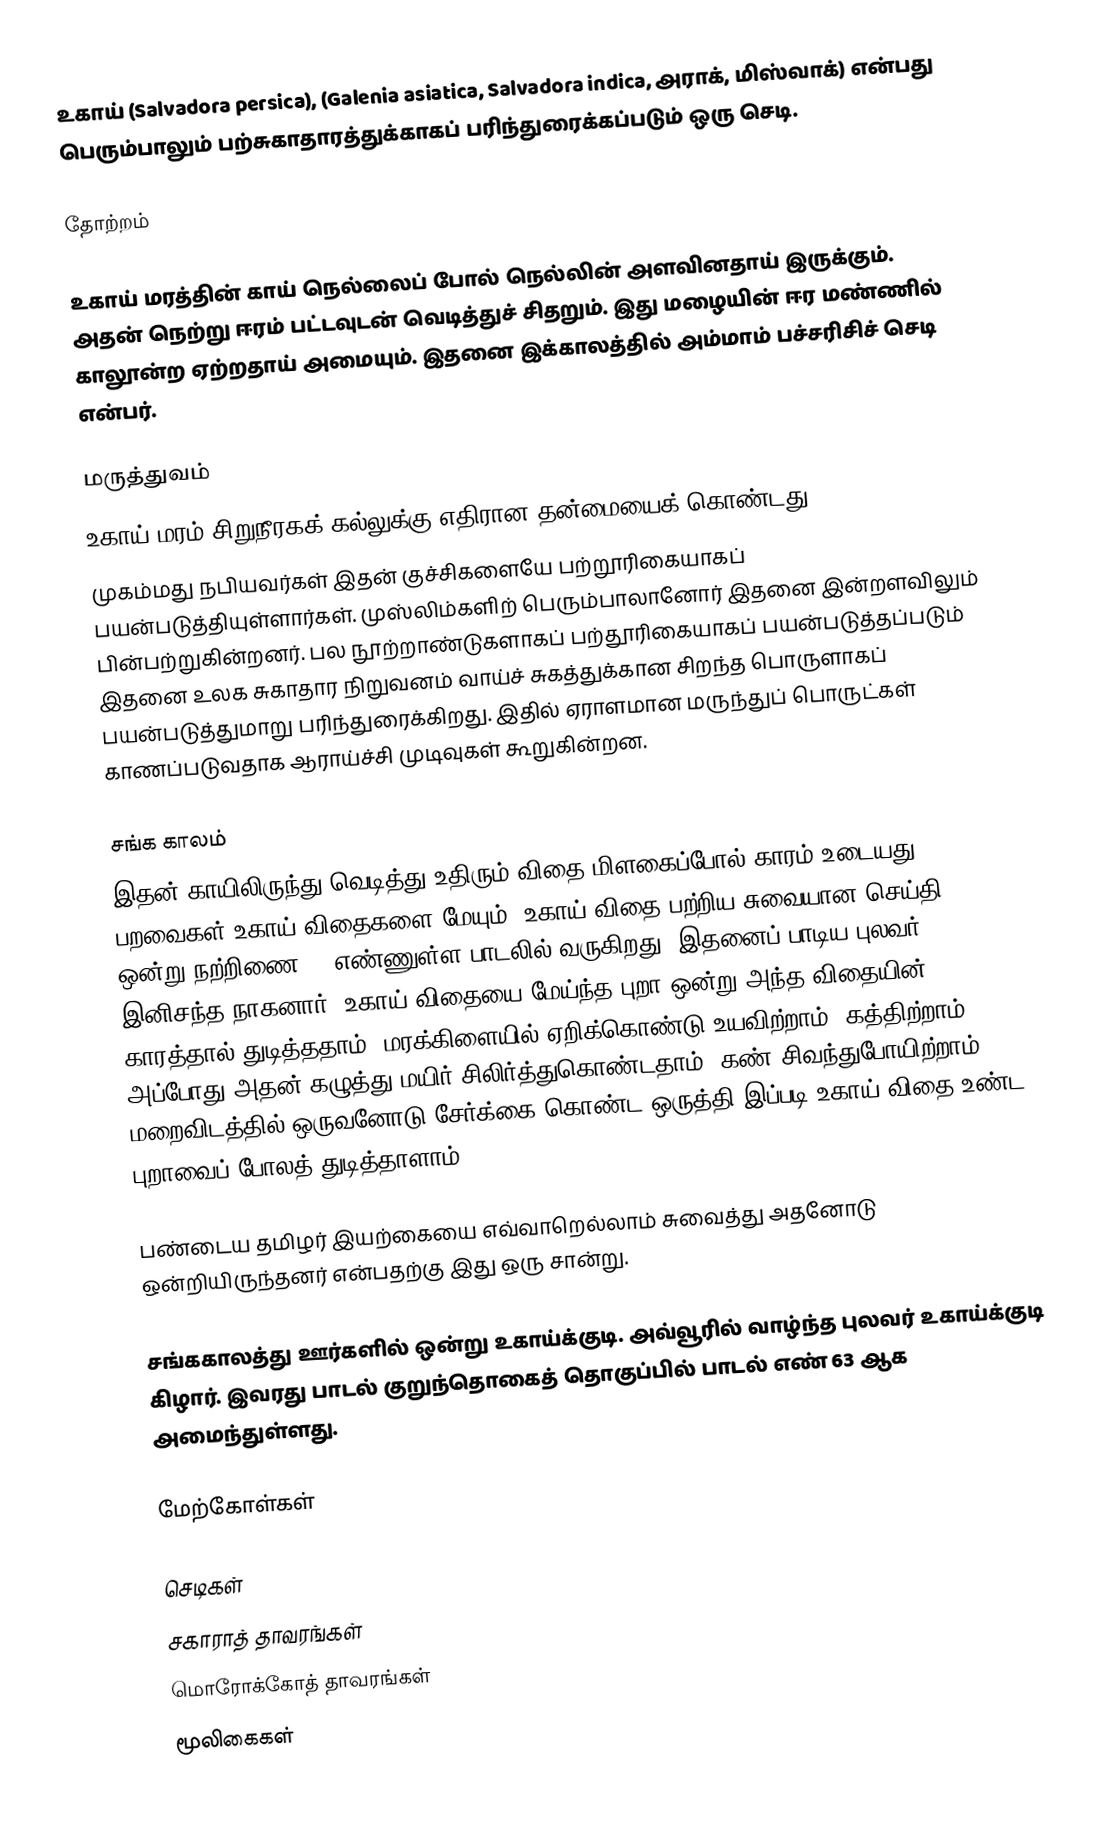
உகாய் (Salvadora persica), (Galenia asiatica, Salvadora indica, அராக், மிஸ்வாக்) என்பது பெரும்பாலும் பற்சுகாதாரத்துக்காகப் பரிந்துரைக்கப்படும் ஒரு செடி.

தோற்றம்

உகாய் மரத்தின் காய் நெல்லைப் போல் நெல்லின் அளவினதாய் இருக்கும். அதன் நெற்று ஈரம் பட்டவுடன் வெடித்துச் சிதறும். இது மழையின் ஈர மண்ணில் காலூன்ற ஏற்றதாய் அமையும். இதனை இக்காலத்தில் அம்மாம் பச்சரிசிச் செடி என்பர்.

மருத்துவம்
உகாய் மரம் சிறுநீரகக் கல்லுக்கு எதிரான தன்மையைக் கொண்டது.
முகம்மது நபியவர்கள் இதன் குச்சிகளையே பற்றூரிகையாகப் பயன்படுத்தியுள்ளார்கள். முஸ்லிம்களிற் பெரும்பாலானோர் இதனை இன்றளவிலும் பின்பற்றுகின்றனர். பல நூற்றாண்டுகளாகப் பற்தூரிகையாகப் பயன்படுத்தப்படும் இதனை உலக சுகாதார நிறுவனம் வாய்ச் சுகத்துக்கான சிறந்த பொருளாகப் பயன்படுத்துமாறு பரிந்துரைக்கிறது. இதில் ஏராளமான மருந்துப் பொருட்கள் காணப்படுவதாக ஆராய்ச்சி முடிவுகள் கூறுகின்றன.

சங்க காலம்
இதன் காயிலிருந்து வெடித்து உதிரும் விதை மிளகைப்போல் காரம் உடையது. பறவைகள் உகாய் விதைகளை மேயும். உகாய் விதை பற்றிய சுவையான செய்தி ஒன்று நற்றிணை 66 எண்ணுள்ள பாடலில் வருகிறது. இதனைப் பாடிய புலவர் இனிசந்த நாகனார். உகாய் விதையை மேய்ந்த புறா ஒன்று அந்த விதையின் காரத்தால் துடித்ததாம். மரக்கிளையில் ஏறிக்கொண்டு உயவிற்றாம் (கத்திற்றாம்). அப்போது அதன் கழுத்து மயிர் சிலிர்த்துகொண்டதாம். கண் சிவந்துபோயிற்றாம். மறைவிடத்தில் ஒருவனோடு சேர்க்கை கொண்ட ஒருத்தி இப்படி உகாய் விதை உண்ட புறாவைப் போலத் துடித்தாளாம்.

பண்டைய தமிழர் இயற்கையை எவ்வாறெல்லாம் சுவைத்து அதனோடு ஒன்றியிருந்தனர் என்பதற்கு இது ஒரு சான்று.

சங்ககாலத்து ஊர்களில் ஒன்று உகாய்க்குடி. அவ்வூரில் வாழ்ந்த புலவர் உகாய்க்குடி கிழார். இவரது பாடல் குறுந்தொகைத் தொகுப்பில் பாடல் எண் 63 ஆக அமைந்துள்ளது.

மேற்கோள்கள்

செடிகள்
சகாராத் தாவரங்கள்
மொரோக்கோத் தாவரங்கள்
மூலிகைகள்